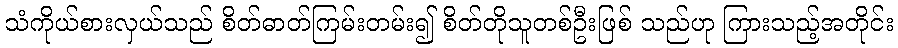
သံကိုယ်စားလှယ်သည် စိတ်ဓာတ်ကြမ်းတမ်း၍ စိတ်တိုသူတစ်ဦးဖြစ် သည်ဟု ကြားသည့်အတိုင်း